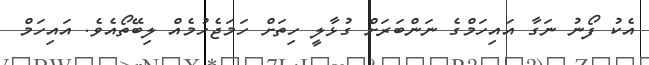
އެކު ފޯނު ނަގާ އައިހަމްގެ ނަންބަރަށް ގުޅާލީ ހިތަށް ހަމަޖެހުމެއް ލިބޭތޯއެވެ. އައިހަމް